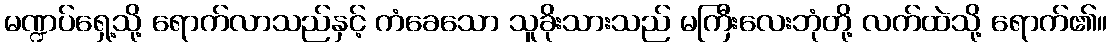
မဏ္ဍပ်ရှေ့သို့ ရောက်လာသည်နှင့် ကံခေသော သူခိုးသားသည် မကြီးလေးဘုံတို့ လက်ထဲသို့ ရောက်၏။